Report of the Imperial Institute of Veterinary Research, Muktesar
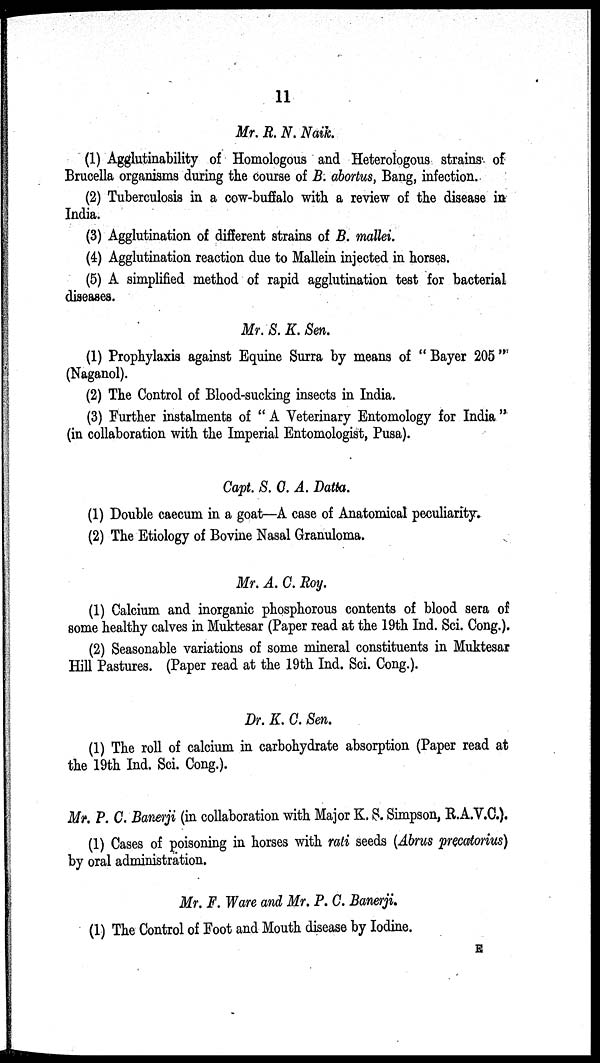
11
Mr. R. N. Naik.
(1) Agglutinability of Homologous and Heterologous strains of
Brucella organisms during the course of B. abortus, Bang, infection.
(2) Tuberculosis in a cow-buffalo with a review of the disease in
India.
(3) Agglutination of different strains of B. mallei.
(4) Agglutination reaction due to Mallein injected in horses.
(5) A simplified method of rapid agglutination test for bacterial
diseases.
Mr. S. K. Sen.
(1) Prophylaxis against Equine Surra by means of " Bayer 205 "
(Naganol).
(2) The Control of Blood-sucking insects in India.
(3) Further instalments of " A Veterinary Entomology for India "
(in collaboration with the Imperial Entomologist, Pusa).
Capt. S. C. A. Datta.
(1) Double caecum in a goat—A case of Anatomical peculiarity.
(2) The Etiology of Bovine Nasal Granuloma.
Mr. A. C. Roy.
(1) Calcium and inorganic phosphorous contents of blood sera of
some healthy calves in Muktesar (Paper read at the 19th Ind. Sci. Cong.).
(2) Seasonable variations of some mineral constituents in Muktesar
Hill Pastures. (Paper read at the 19th Ind. Sci. Cong.).
Dr. K. C. Sen.
(1) The roll of calcium in carbohydrate absorption (Paper read at
the 19th Ind. Sci. Cong.).
Mr. P. C. Banerji (in collaboration with Major K. S. Simpson, R.A.V.C.).
(1) Cases of poisoning in horses with rati seeds (Abrus precatorius)
by oral administration.
Mr. F. Ware and Mr. P. C. Banerji.
(1) The Control of Foot and Mouth disease by Iodine.
E